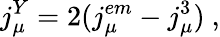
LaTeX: j_{\mu}^{Y}=2(j_{\mu}^{em}-j_{\mu}^{3})~,